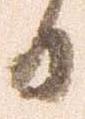
日